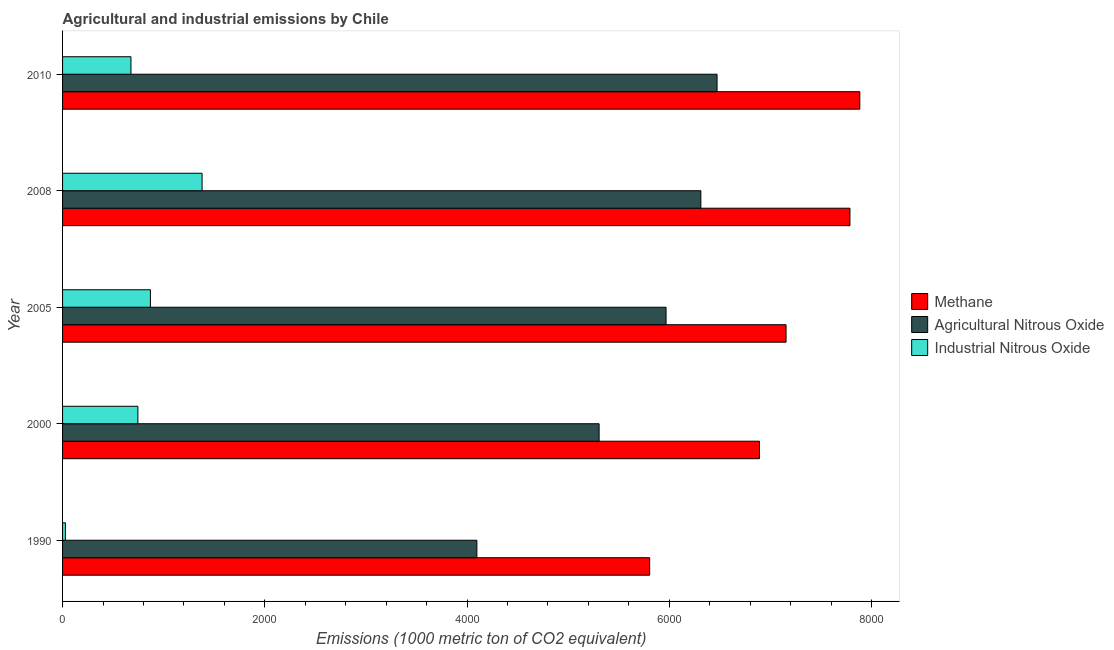
| Year | Methane | Agricultural Nitrous Oxide | Industrial Nitrous Oxide |
 | --- | --- | --- | --- |
 | 1990 | 5.81e+03 | 4.1e+03 | 27.9 |
 | 2000 | 6.89e+03 | 5.31e+03 | 745 |
 | 2005 | 7.15e+03 | 5.97e+03 | 869 |
 | 2008 | 7.79e+03 | 6.31e+03 | 1.38e+03 |
 | 2010 | 7.88e+03 | 6.47e+03 | 676 |